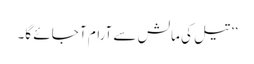
’’تیل کی مالش سے آرام آ جائے گا۔